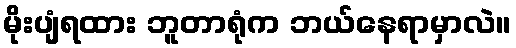
မိုးပျံရထား ဘူတာရုံက ဘယ်နေရာမှာလဲ။